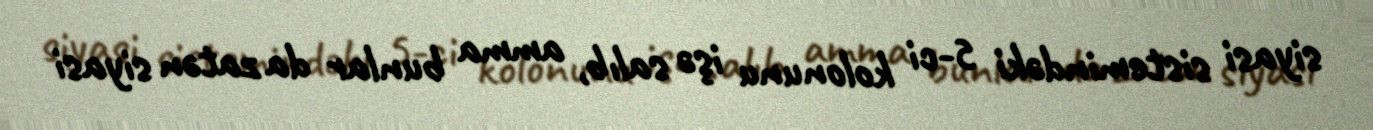
siyasi sistemindəki 5-ci kolonunu işə salıb, amma bunlar da zatən siyasi